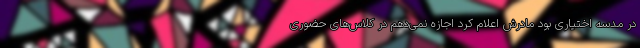
در مدسه اختیاری بود مادرش اعلام کرد اجازه نمی‌دهم در کلاس‌های حضوری